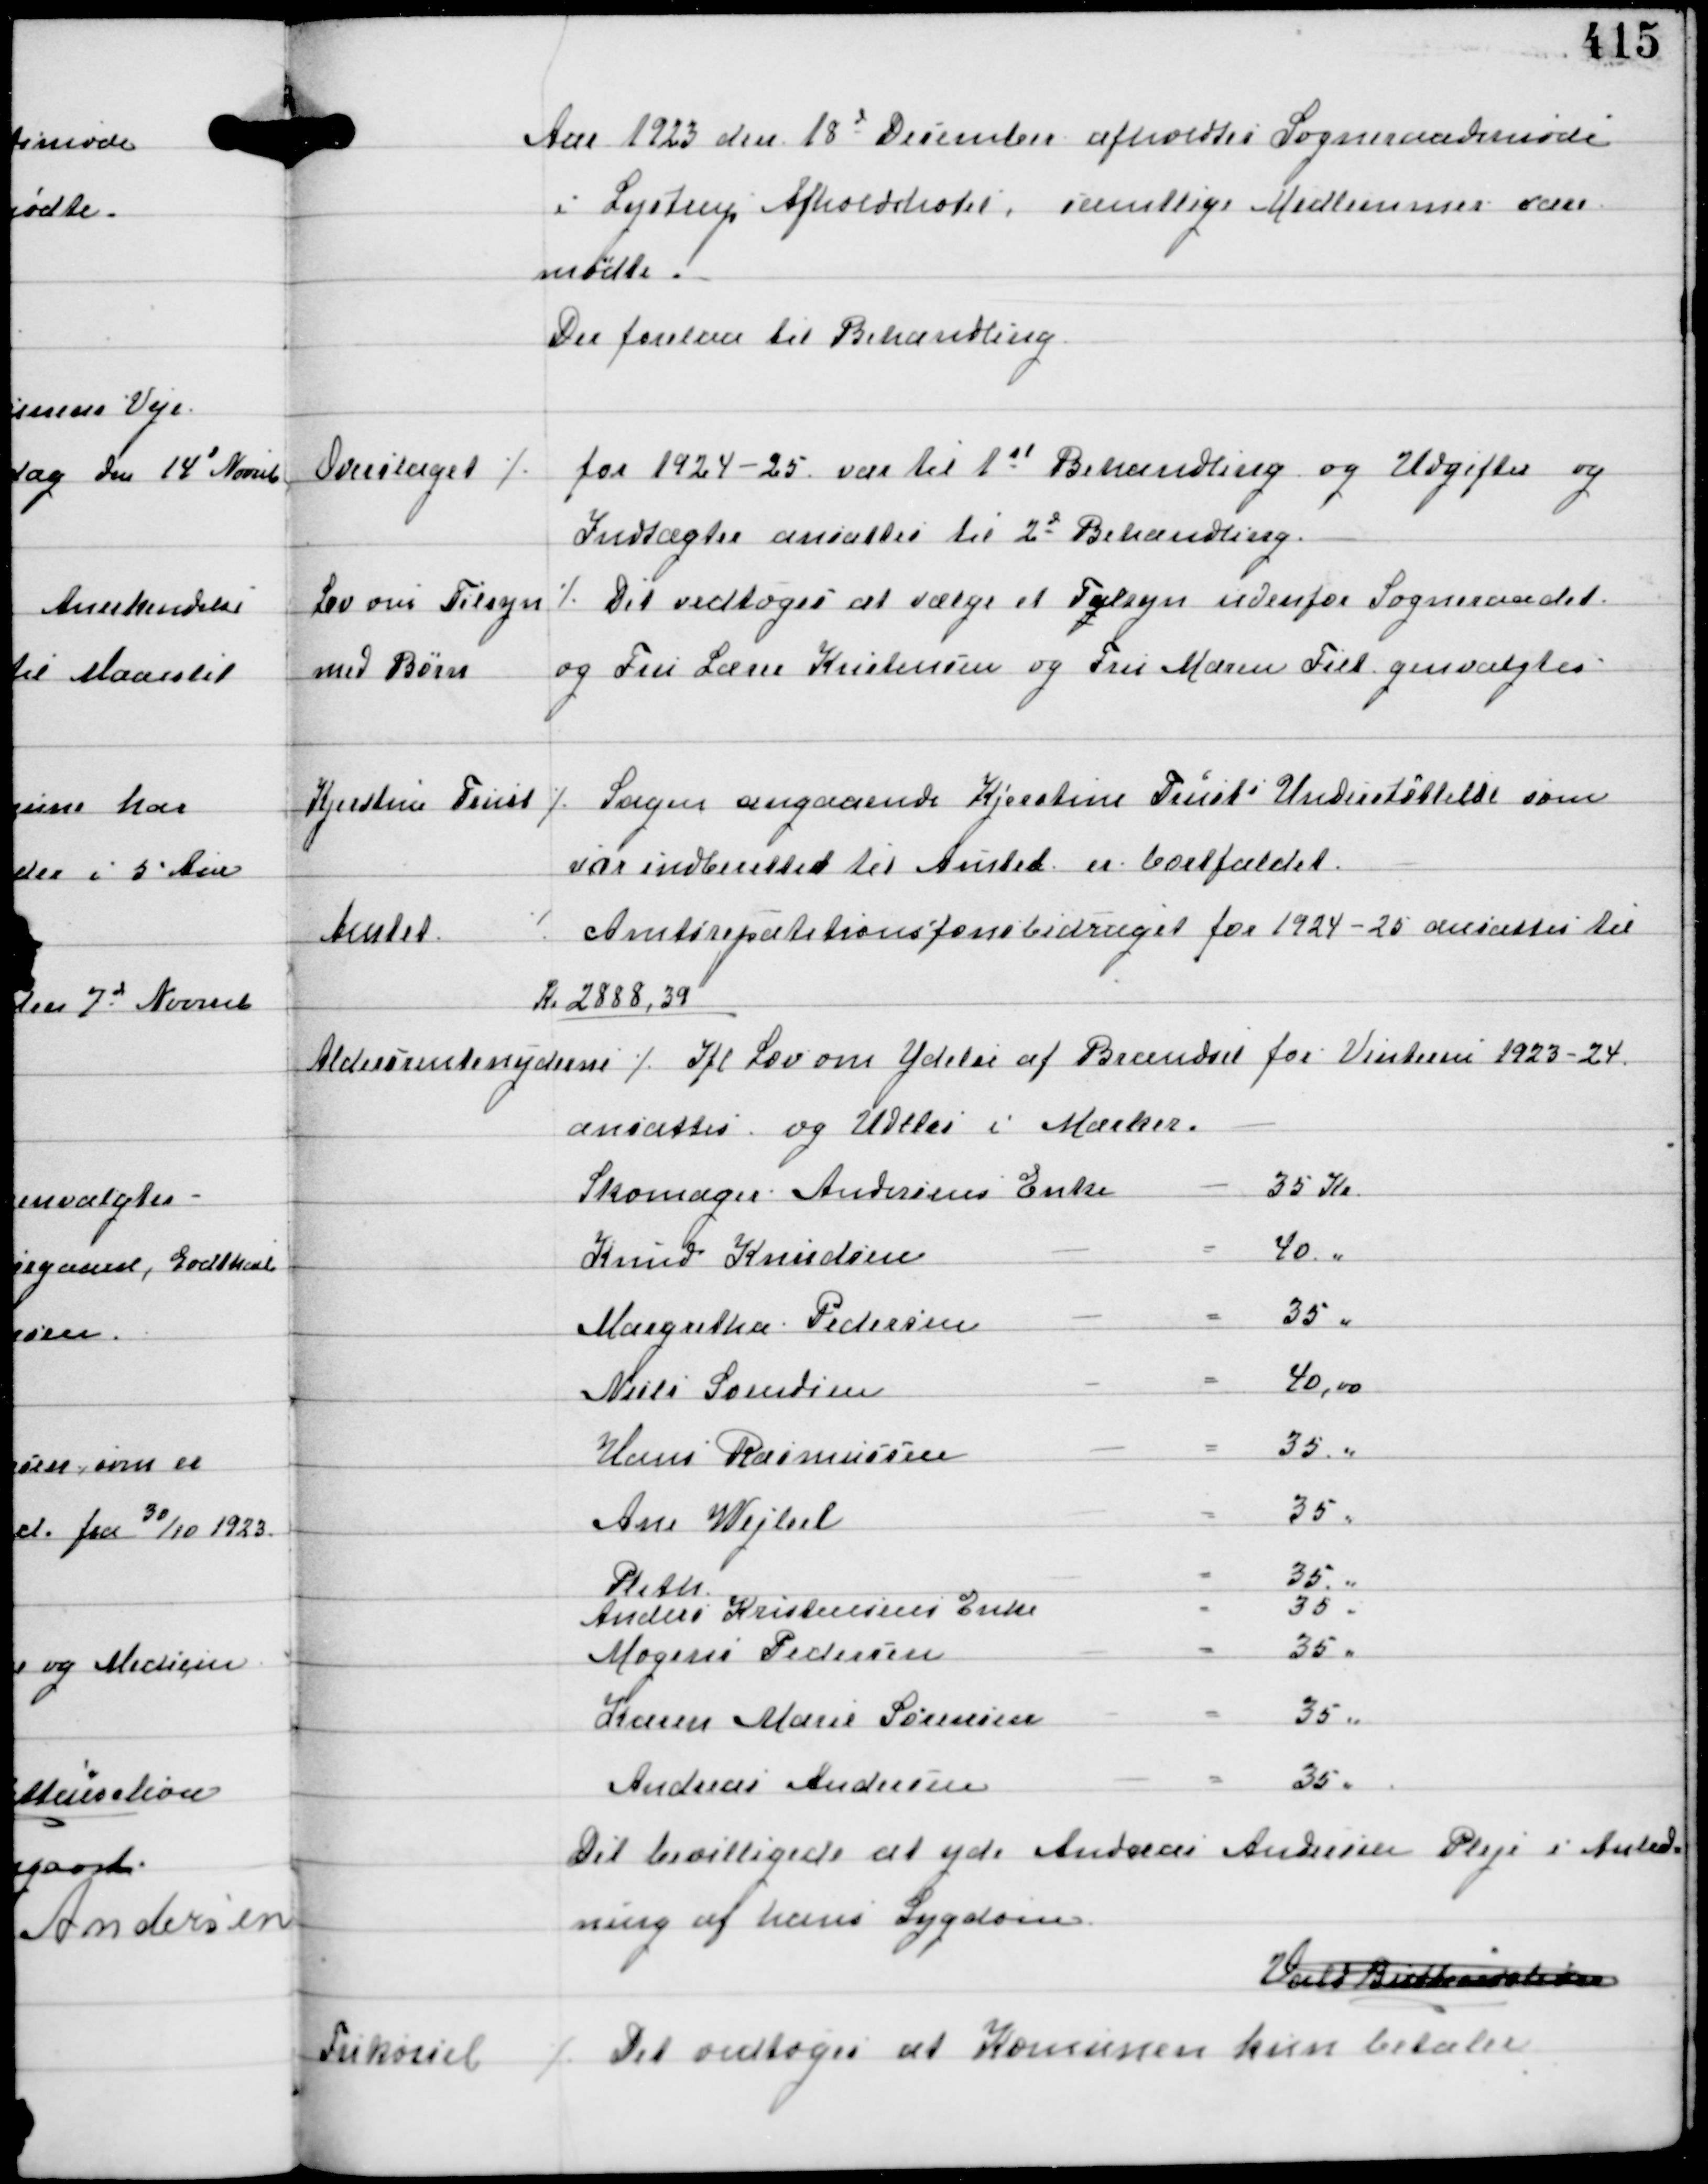
Transskription:
Aar 1923 den 18d December afholdtes Sogneraadsmøde
i Lystrup Afholdshotel, samtlige Medlemmer vare
mødte.
Der forelaa til Behandling

Overslaget ⁒

for 1924-25 var til 1st Behandling og Udgifter og
Indtægter ansattes til 2d Behandling.

Lov om Tilsyn
med Børn

⁒ Det vedtoges at vælge et Tilsyn udenfor Sogneraadet
og Fru Lærer Kristensen og Fru Maren Filt genvalgtes.

Kjerstine Trust

⁒ Sagen angaaende Kjerstine Trusts Understøttelse som
var indberettet til Amtet er bortfaldet.

Amtet

⁒ Amtsrepatitionsfonsbidraget for 1924-25 ansattes til
Kr 2888.29

Aldersrentenyderne

⁒ Ifl Lov om Ydelse af Brændsel for Vinteren 1923-24
ansattes og Udeles i Mærker

Det bevilligedes at yde Andreas Andersen Pleje i Anled-
ning af hans Sygdom.

Vald Buttenschøn

Frikørsel ⁒

Det vedtoges at Komunen kun betaler